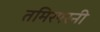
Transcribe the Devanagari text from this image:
तमिरपरनी